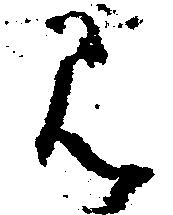
み